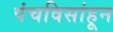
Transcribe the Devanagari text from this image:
पंचविसांहून